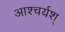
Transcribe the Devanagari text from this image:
आश्चर्यश्